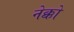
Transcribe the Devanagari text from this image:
नेक्को